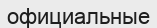
официальные